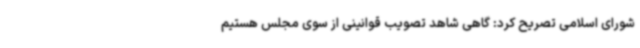
شورای اسلامی تصریح کرد: گاهی شاهد تصویب قوانینی از سوی مجلس هستیم